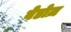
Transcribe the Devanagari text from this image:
बेडोज़